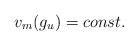
LaTeX: \begin{align*} v_m(g_u) = const.\end{align*}